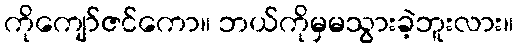
ကိုကျော်ဇင်ကော။ ဘယ်ကိုမှမသွားခဲ့ဘူးလား။